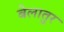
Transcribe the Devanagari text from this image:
बेलातुर